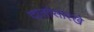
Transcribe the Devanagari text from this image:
दातांसारखे